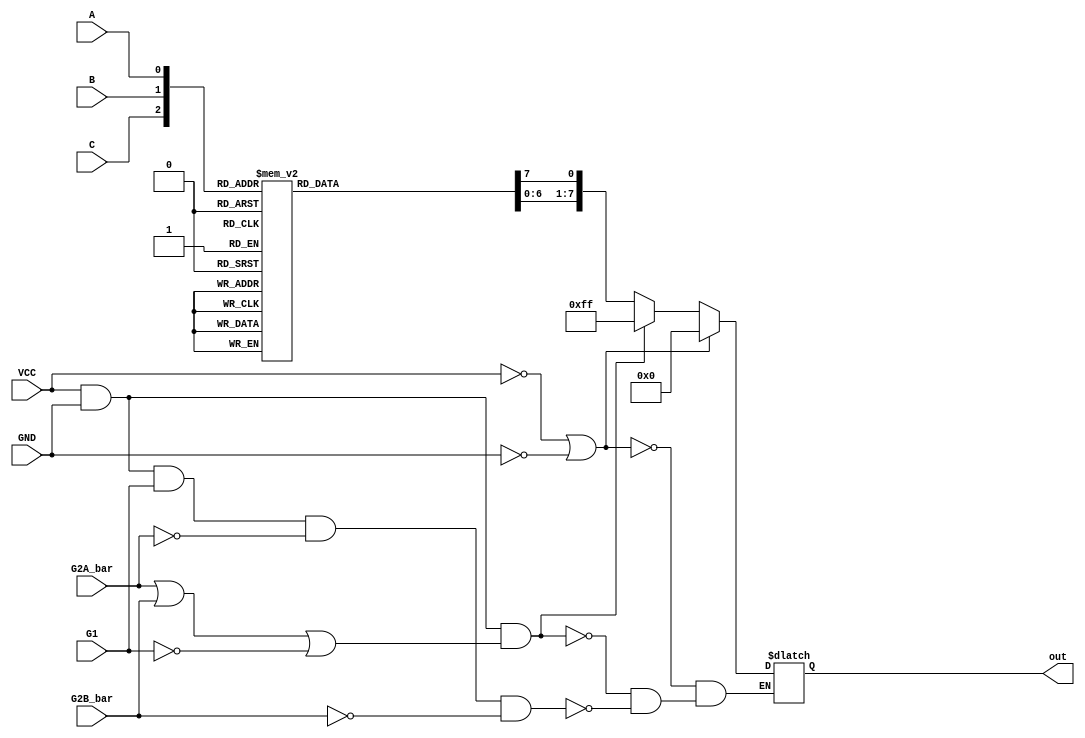
module SN74HC138(VCC, GND, G1, G2A_bar, G2B_bar, A, B, C, out);
 input VCC, GND, A, B, C, G1, G2A_bar, G2B_bar;
 output [7:0] out;
 reg normal_ops, all_HIGH, all_LOW;
 reg [7:0] out;
 reg [2:0] in;

 always @(in or VCC or GND or A or B or C or G1 or G2A_bar or G2B_bar)
 begin
 normal_ops = VCC && GND && G1 && !G2A_bar && !G2B_bar;
 all_LOW = !VCC || !GND;
 all_HIGH = VCC && GND && (G2A_bar || G2B_bar || !G1);

 in = {C, B, A};
 if (normal_ops)
 begin
 out=8'b11111111;
 case (in)
 3'b000: out[0]=1'b0;
 3'b001: out[1]=1'b0;
 3'b010: out[2]=1'b0;
 3'b011: out[3]=1'b0;
 3'b100: out[4]=1'b0;
 3'b101: out[5]=1'b0;
 3'b110: out[6]=1'b0;
 3'b111: out[7]=1'b0;
 default: out=8'b00000000;
 endcase
 end
 if (all_HIGH)
 out = 8'b11111111;
 if (all_LOW)
 out = 8'b00000000;
 end
 endmodule